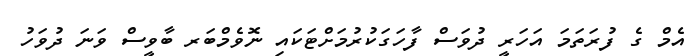
އެމް ގެ ފުރަތަމަ އަހަރީ ދުވަސް ފާހަގަކުރުމަށްޓަކައި ނޮވެމްބަރ ބާވީސް ވަނަ ދުވަހު